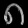
Digit: ၈